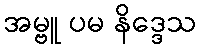
အမ္ဗူ ပမ နိဒ္ဒေသ